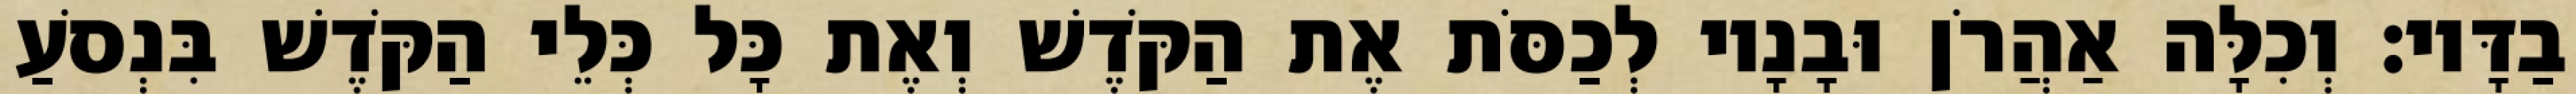
בַדָּיו׃ וְכִלָּה אַהֲרֹן וּבָנָיו לְכַסֹּת אֶת הַקֹּדֶשׁ וְאֶת כָּל כְּלֵי הַקֹּדֶשׁ בִּנְסֹעַ